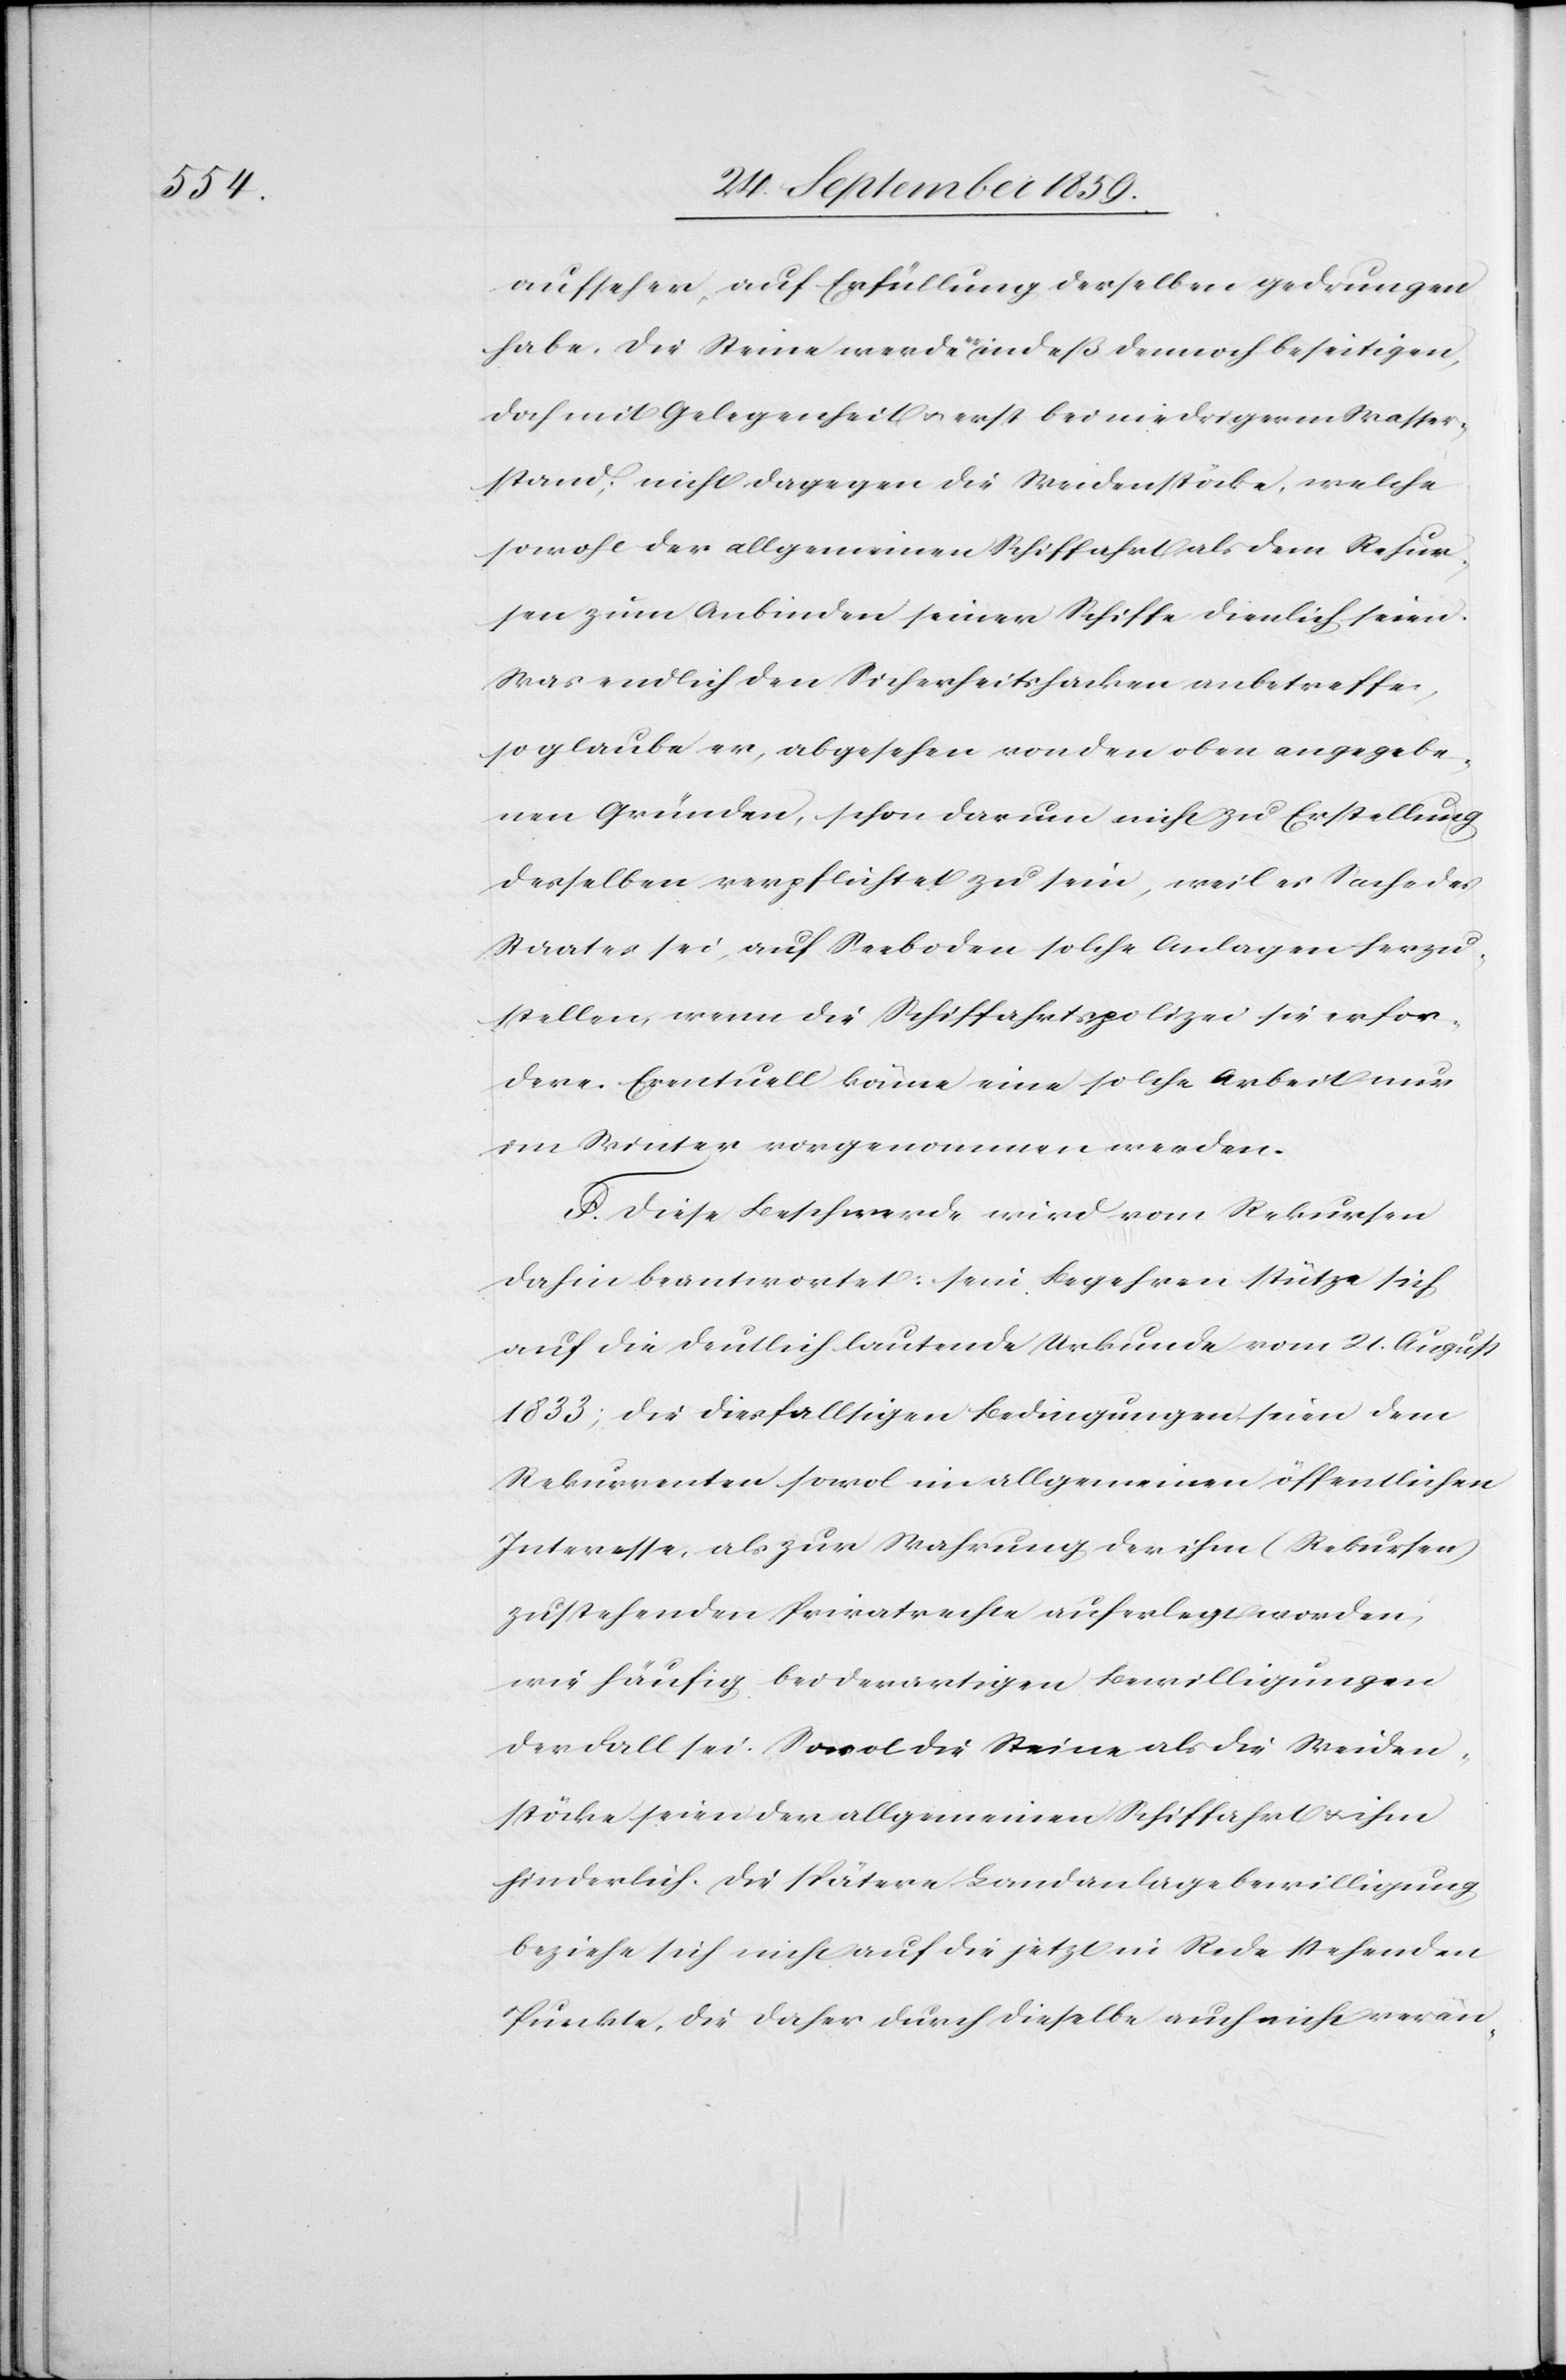
aufseher, auf Erfüllung derselben gedrungen
habe. Die Steine werden indeß dennoch beseitigen,
doch mit Gelegenheit & erst bei niedrigerm Wasser¬
stand; nicht dagegen die Weidenstöcke, welche
sowohl der allgemeinen Schiffahrt als dem Rekur¬
sen zum Anbinden seiner Schiffe dienlich seien.
Was endlich den Sicherheitshacken anbetreffe,
so glaube er, abgesehen von den oben angegebe¬
nen Gründen, schon darum nicht zu Erstellung
desselben verpflichtet zu sein, weil es Sache des
Staates sei, auf Seeboden solche Anlagen herzu¬
stellen, wenn die Schiffahrtspolizei sie erfor¬
dere. Eventuell könne eine solche Arbeit nur
im Winter vorgenommen werden.
F. Diese Beschwerde wird vom Rekursen
dahin beantwortet: sein Begehren stütze sich
auf die deutlich lautende Urkunde vom 21. August
1833; die diesfallsigen Bedingungen seien dem
Rekurrenten sowol im allgemeinen öffentlichen
Interesse, als zur Wahrung der ihm (Rekursen)
zustehenden Privatrechte auferlegt worden,
wie häufig bei derartigen Bewilligungen
der Fall sei. Sowol die Steine als die Weiden¬
stöcke seien der allgemeinen Schiffahrt & ihm
hinderlich. Die spätere Landanlagebewilligung
beziehe sich nicht auf die jetzt in Rede stehenden
Punkte, die daher durch dieselbe auch nicht verän-